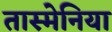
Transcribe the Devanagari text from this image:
तास्मेनिया